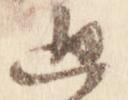
通